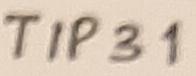
Text: TIP31